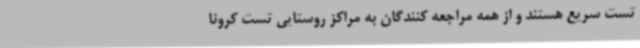
تست سریع هستند و از همه مراجعه کنندگان به مراکز روستایی تست کرونا